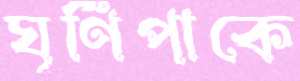
ঘূর্ণিপাকে